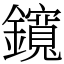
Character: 鑧